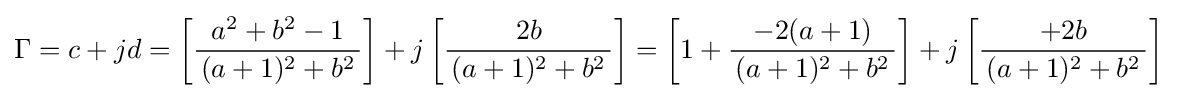
\Gamma =c+jd=\left[{\frac {a^{2}+b^{2}-1}{\,(a+1)^{2}+b^{2}\,}}\right]+j\left[{\frac {2b}{\,(a+1)^{2}+b^{2}\,}}\right]=\left[1+{\frac {-2(a+1)}{\,(a+1)^{2}+b^{2}\,}}\right]+j\left[{\frac {+2b}{\,(a+1)^{2}+b^{2}\,}}\right]